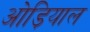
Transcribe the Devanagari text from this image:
ओड़ियाल